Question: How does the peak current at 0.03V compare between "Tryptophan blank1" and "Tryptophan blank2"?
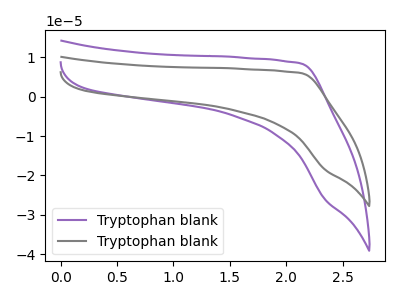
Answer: <think>The purple curve "Tryptophan blank1" has no peaks. The gray curve "Tryptophan blank2" has no peaks.</think>
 <answer>"Tryptophan blank1" and "Tryptophan blank2" dont share a peak at 0.03V.</answer>
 <eval>mismatch</eval>